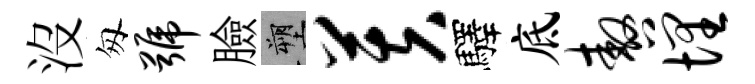
沒匆号臉塑芙驛底嗷埋